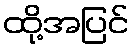
ထို့အပြင်